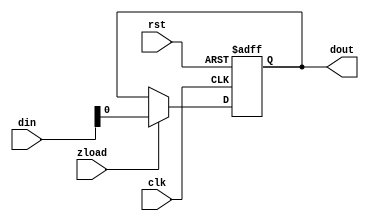
/**/
module z(din,clk,rst, zload,dout);
input [7:0] din;
output dout;
reg dout;
input clk,rst,zload;
always@(posedge clk or negedge rst)
begin
	if(rst==0)
		dout<=0;
	else if(zload)
		dout<=din;
end
endmodule